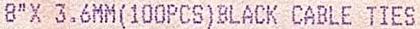
8" X 3.6MM(100PCS)BLACK CABLE TIES